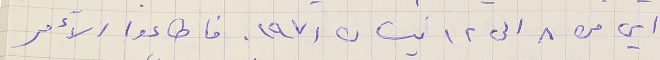
اي من ٨ الى ١٢ نيسان ١٩٧١. فاطاعوا الآءمر